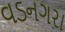
વડનગરા